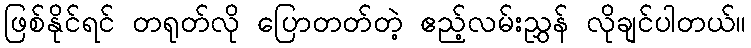
ဖြစ်နိုင်ရင် တရုတ်လို ပြောတတ်တဲ့ ဧည့်လမ်းညွှန် လိုချင်ပါတယ်။